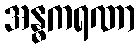
အန္ဓကရဏာ